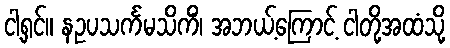
ငါ့ရှင်။ နဥပသင်္ကမသိကိံ၊ အဘယ့်ကြောင့် ငါတို့အထံသို့